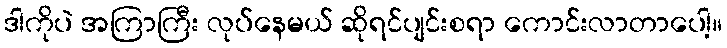
ဒါကိုပဲ အကြာကြီး လုပ်နေမယ် ဆိုရင်ပျင်းစရာ ကောင်းလာတာပေါ့။